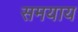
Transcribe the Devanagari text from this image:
समयाय